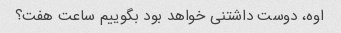
اوه، دوست داشتنی خواهد بود بگوییم ساعت هفت؟